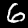
Digit: 6